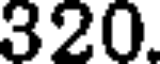
320.